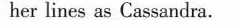
her lines as Cassandra.